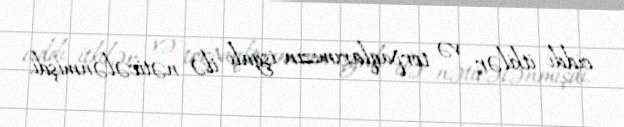
ciddi itkilər və torpaqlarımızın işğalı ilə nəticələnmişdi.